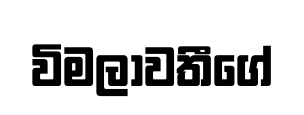
විමලාවතීගේ